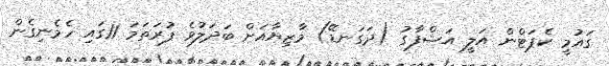
ގައުމީ ކެޕަޓްން އަލީ އަޝްފާގު (ދަގަނޑޭ) މާޒިޔާއަށް ބަދަލުވެ ފުރަތަމަ 11ގައި ހެމެނިގެން